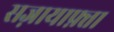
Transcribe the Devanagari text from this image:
सज़ायाफ़्ता